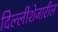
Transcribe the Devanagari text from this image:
दिल्लीशेजारील